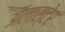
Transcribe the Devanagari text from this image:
अॅलास्टेर